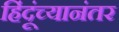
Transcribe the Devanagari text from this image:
हिंदूंच्यानंतर